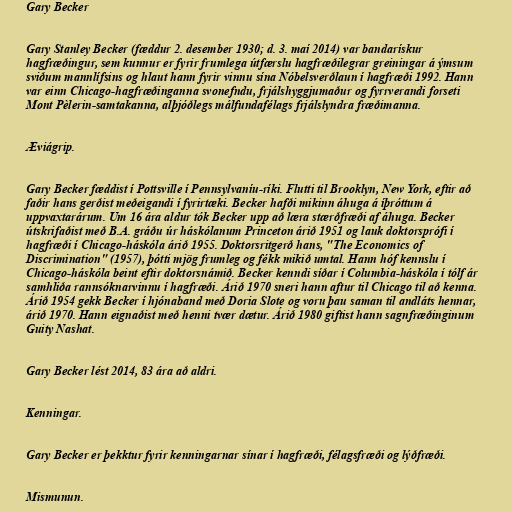
Gary Becker

Gary Stanley Becker (fæddur 2. desember 1930; d. 3. maí 2014) var bandarískur
hagfræðingur, sem kunnur er fyrir frumlega útfærslu hagfræðilegrar greiningar á ýmsum
sviðum mannlífsins og hlaut hann fyrir vinnu sína Nóbelsverðlaun í hagfræði 1992. Hann
var einn Chicago-hagfræðinganna svonefndu, frjálshyggjumaður og fyrrverandi forseti
Mont Pèlerin-samtakanna, alþjóðlegs málfundafélags frjálslyndra fræðimanna.

Æviágrip.

Gary Becker fæddist í Pottsville í Pennsylvaníu-ríki. Flutti til Brooklyn, New York, eftir að
faðir hans gerðist meðeigandi í fyrirtæki. Becker hafði mikinn áhuga á íþróttum á
uppvaxtarárum. Um 16 ára aldur tók Becker upp að læra stærðfræði af áhuga. Becker
útskrifaðist með B.A. gráðu úr háskólanum Princeton árið 1951 og lauk doktorsprófi í
hagfræði í Chicago-háskóla árið 1955. Doktorsritgerð hans, "The Economics of
Discrimination" (1957), þótti mjög frumleg og fékk mikið umtal. Hann hóf kennslu í
Chicago-háskóla beint eftir doktorsnámið. Becker kenndi síðar í Columbia-háskóla í tólf ár
samhliða rannsóknarvinnu í hagfræði. Árið 1970 sneri hann aftur til Chicago til að kenna.
Árið 1954 gekk Becker í hjónaband með Doria Slote og voru þau saman til andláts hennar,
árið 1970. Hann eignaðist með henni tvær dætur. Árið 1980 giftist hann sagnfræðinginum
Guity Nashat.

Gary Becker lést 2014, 83 ára að aldri.

Kenningar.

Gary Becker er þekktur fyrir kenningarnar sínar í hagfræði, félagsfræði og lýðfræði.

Mismunun.